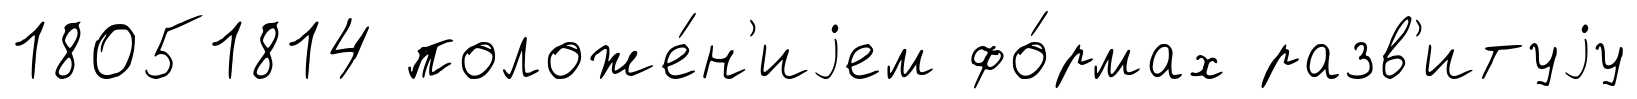
18051814 положе́н'иjем фо́рмах разв'итуjу